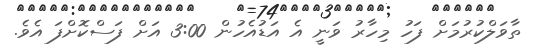
ތާވަލްކުރުމަށް ފަހު މިހާރު ވަނީ އެ އަޑުއެހުން 3:00 އަށް ފަސްކޮށްފަ އެވެ.